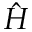
\hat { H }